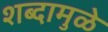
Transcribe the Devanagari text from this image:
शब्दामुळे